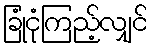
ခြုံငုံကြည့်လျှင်